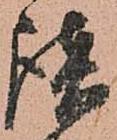
談